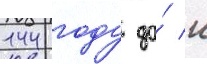
144 году до́ н